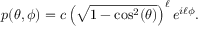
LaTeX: p ( \theta , \phi ) = c \left( { \sqrt { 1 - \mathrm { c o s } ^ { 2 } ( \theta ) } } \right) ^ { \ell } e ^ { i \ell \phi } .